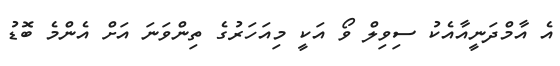
އެ އާމްދަނީއާއެކު ސިވިލް ވޯ އަކީ މިއަހަރުގެ ތިންވަނަ އަށް އެންމެ ބޮޑު